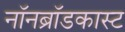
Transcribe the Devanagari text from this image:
नॉनब्रॉडकास्ट